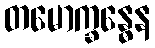
တမောက္ခန္ဓေန